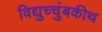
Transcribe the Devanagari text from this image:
विद्युच्चुंबकीथ